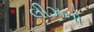
લીઝનો